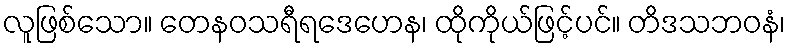
လူဖြစ်သော။ တေနဝသရီရဒေဟေန၊ ထိုကိုယ်ဖြင့်ပင်။ တိဒသဘဝနံ၊